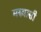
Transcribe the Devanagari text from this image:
मरुवासी